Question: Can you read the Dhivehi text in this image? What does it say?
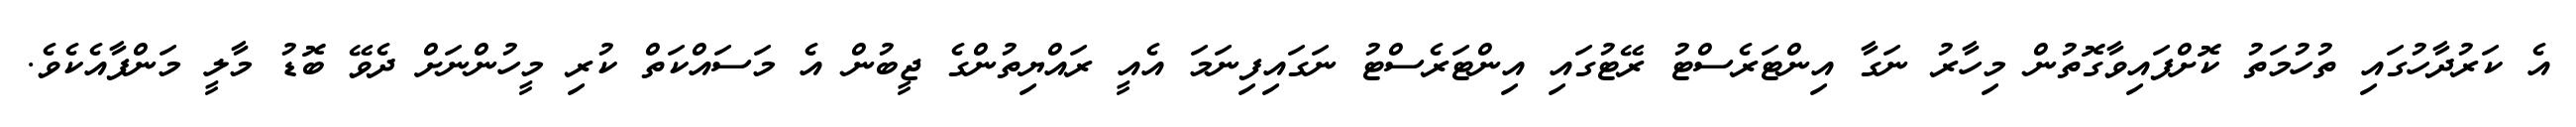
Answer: އެ ކަރުދާހުގައި ތުހުމަތު ކޮށްފައިވާގޮތުން މިހާރު ނަގާ އިންޓަރެސްޓު ރޭޓުގައި އިންޓަރެސްޓު ނަގައިފިނަމަ އެއީ ރައްޔިތުންގެ ޖީބުން އެ މަސައްކަތް ކުރި މީހުންނަށް ދެވޭ ބޮޑު މާލީ މަންފާއެކެވެ.